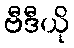
ဗီဒီယို